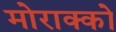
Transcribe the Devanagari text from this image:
मोराक्को